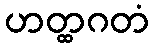
ဟတ္ထဂတံ